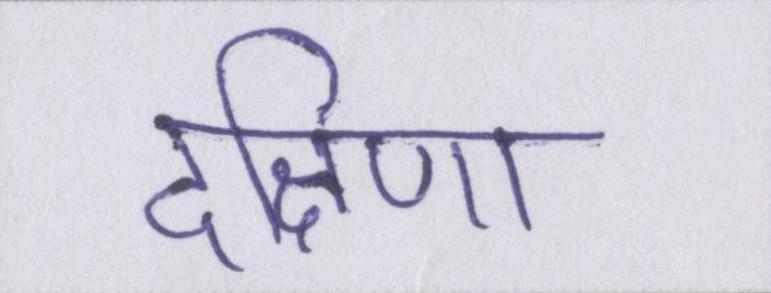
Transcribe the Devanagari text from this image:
दक्षिणा